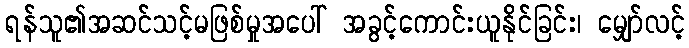
ရန်သူ၏အဆင်သင့်မဖြစ်မှုအပေါ် အခွင့်ကောင်းယူနိုင်ခြင်း၊ မျှော်လင့်